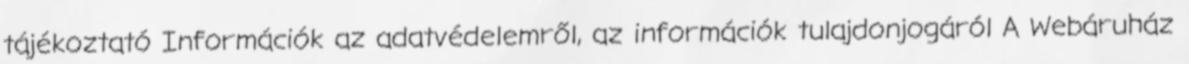
tájékoztató Információk az adatvédelemről, az információk tulajdonjogáról A Webáruház